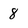
Character: 8